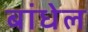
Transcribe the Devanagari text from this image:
बांधेल